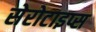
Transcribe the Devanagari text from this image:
सेरोटाइप्स